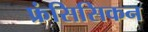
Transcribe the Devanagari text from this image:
फ्रंसिसिकन